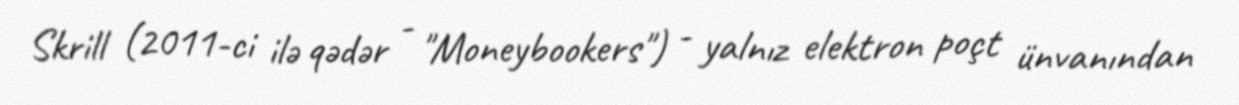
Skrill (2011-ci ilə qədər - "Moneybookers") - yalnız elektron poçt ünvanından